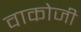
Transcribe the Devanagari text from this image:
वाकोजी